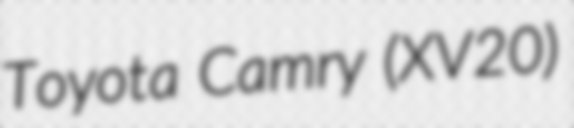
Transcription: Toyota Camry (XV20)